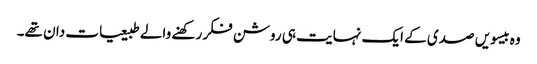
وہ بیسویں صدی کے ایک نہایت ہی روشن فکر رکھنے والے طبیعیات دان تھے۔